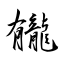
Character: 龓